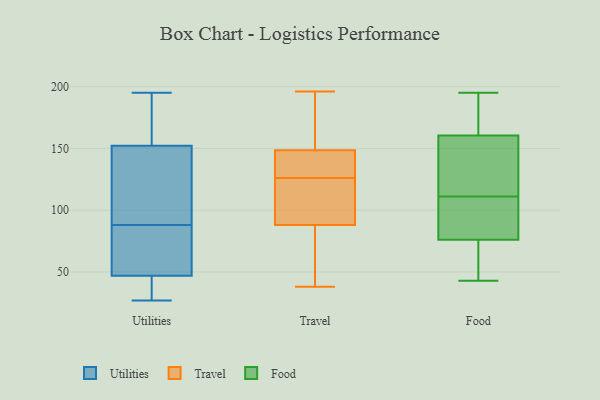
{"axis": {"x": "Active Users", "y": "Value"}, "legend": ["Food", "Travel", "Utilities"], "data": [{"x": "", "y": 76, "type": "Utilities"}, {"x": "", "y": 50, "type": "Utilities"}, {"x": "", "y": 50, "type": "Utilities"}, {"x": "", "y": 99, "type": "Utilities"}, {"x": "", "y": 70, "type": "Utilities"}, {"x": "", "y": 91, "type": "Utilities"}, {"x": "", "y": 189, "type": "Utilities"}, {"x": "", "y": 27, "type": "Utilities"}, {"x": "", "y": 147, "type": "Utilities"}, {"x": "", "y": 189, "type": "Utilities"}, {"x": "", "y": 88, "type": "Utilities"}, {"x": "", "y": 165, "type": "Utilities"}, {"x": "", "y": 28, "type": "Utilities"}, {"x": "", "y": 38, "type": "Utilities"}, {"x": "", "y": 148, "type": "Utilities"}, {"x": "", "y": 195, "type": "Utilities"}, {"x": "", "y": 33, "type": "Utilities"}, {"x": "", "y": 61, "type": "Travel"}, {"x": "", "y": 65, "type": "Travel"}, {"x": "", "y": 151, "type": "Travel"}, {"x": "", "y": 126, "type": "Travel"}, {"x": "", "y": 141, "type": "Travel"}, {"x": "", "y": 81, "type": "Travel"}, {"x": "", "y": 196, "type": "Travel"}, {"x": "", "y": 109, "type": "Travel"}, {"x": "", "y": 134, "type": "Travel"}, {"x": "", "y": 129, "type": "Travel"}, {"x": "", "y": 110, "type": "Travel"}, {"x": "", "y": 38, "type": "Travel"}, {"x": "", "y": 112, "type": "Travel"}, {"x": "", "y": 157, "type": "Travel"}, {"x": "", "y": 176, "type": "Travel"}, {"x": "", "y": 171, "type": "Food"}, {"x": "", "y": 150, "type": "Food"}, {"x": "", "y": 195, "type": "Food"}, {"x": "", "y": 104, "type": "Food"}, {"x": "", "y": 138, "type": "Food"}, {"x": "", "y": 89, "type": "Food"}, {"x": "", "y": 56, "type": "Food"}, {"x": "", "y": 49, "type": "Food"}, {"x": "", "y": 125, "type": "Food"}, {"x": "", "y": 58, "type": "Food"}, {"x": "", "y": 185, "type": "Food"}, {"x": "", "y": 173, "type": "Food"}, {"x": "", "y": 117, "type": "Food"}, {"x": "", "y": 103, "type": "Food"}, {"x": "", "y": 43, "type": "Food"}, {"x": "", "y": 91, "type": "Food"}, {"x": "", "y": 63, "type": "Food"}, {"x": "", "y": 105, "type": "Food"}, {"x": "", "y": 195, "type": "Food"}, {"x": "", "y": 139, "type": "Food"}]}